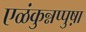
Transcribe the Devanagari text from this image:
एळंकुन्नप्पुष़ा